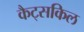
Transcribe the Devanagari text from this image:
कैट्सकिल